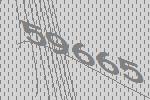
59665